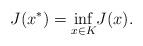
LaTeX: \begin{align*}J(x^*)=\underset{x\in K}{\inf}J(x).\end{align*}